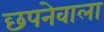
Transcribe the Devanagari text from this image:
छपनेवाला